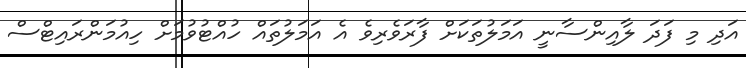
އަދި މި ފަދަ ލާއިންސާނީ އަމަލުތަކަށް ފާރަވެރިވެ އެ އަމަލުތައް ހުއްޓުވުމަށް ހިއުމަންރައިޓްސް